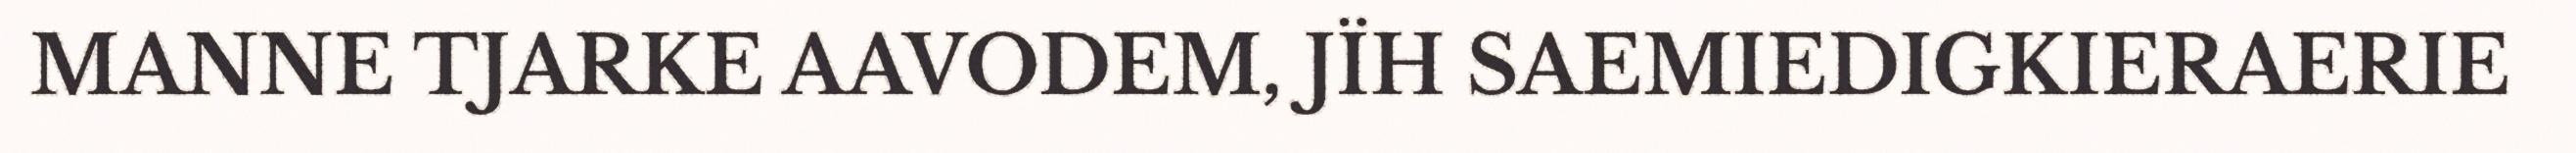
MANNE TJARKE AAVODEM, JÏH SAEMIEDIGKIERAERIE